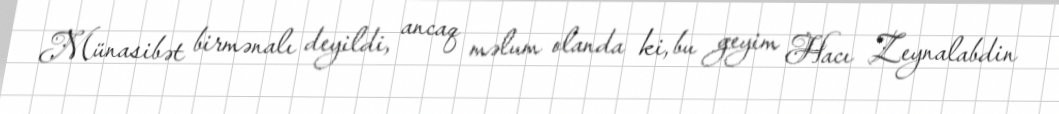
Münasibət birmənalı deyildi, ancaq məlum olanda ki, bu geyim Hacı Zeynalabdin